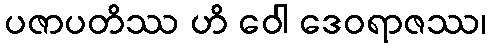
ပဇာပတိဿ ဟိ ဝေါ ဒေဝရာဇဿ၊